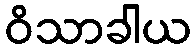
ဝိသာခါယ